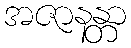
အဇာနန္တာ